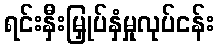
ရင်းနှီးမြှုပ်နှံမှုလုပ်ငန်း